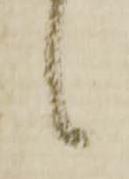
候